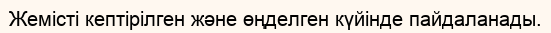
Жемісті кептірілген және өңделген күйінде пайдаланады.